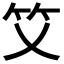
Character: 𥫜